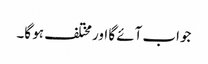
جواب آئے گا اور مختلف ہو گا۔